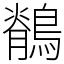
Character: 鶺